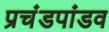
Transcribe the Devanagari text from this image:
प्रचंडपांडव